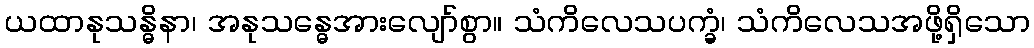
ယထာနုသန္ဓိနာ၊ အနုသန္ဓေအားလျော်စွာ။ သံကိလေသပက္ခံ၊ သံကိလေသအဖို့ရှိသော